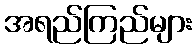
အရည်ကြည်များ